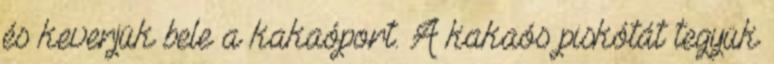
és keverjük bele a kakaóport. A kakaós piskótát tegyük